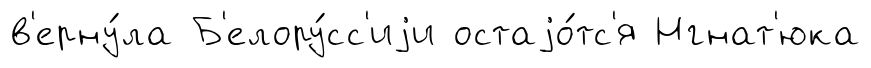
в'ерну́ла Б'елору́сс'иjи остаjо́тс'я Нгнат'юка